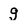
Character: g